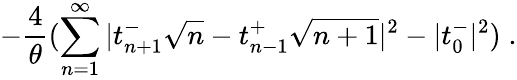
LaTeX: -\frac{4}{\theta}(\sum_{n=1}^{\infty}|t_{n+1}^{-}\sqrt{n}-t_{n-1}^{+}\sqrt{n+1}|^{2}-|t_{0}^{-}|^{2})\; .